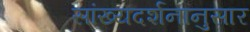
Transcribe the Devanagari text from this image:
सांख्यदर्शनानुसार